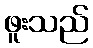
ဖူးသည်